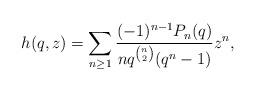
LaTeX: \begin{align*}h(q,z)=\sum_{n\geq1}\frac{(-1)^{n-1}P_{n}(q)}{n q^{\binom{n}{2}}(q^n-1)}z^n,\end{align*}